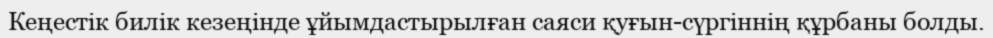
Кеңестік билік кезеңінде ұйымдастырылған саяси қуғын-сүргіннің құрбаны болды.